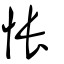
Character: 悵